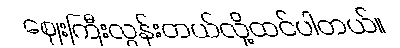
ဈေးကြီးလွန်းတယ်လို့ထင်ပါတယ်။